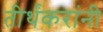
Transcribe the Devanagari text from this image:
तीर्थंकरांनी